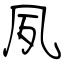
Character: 夙